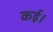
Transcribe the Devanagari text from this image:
कई।